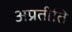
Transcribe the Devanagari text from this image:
अप्रतीति